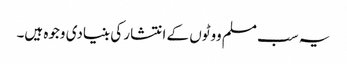
یہ سب مسلم ووٹوں کے انتشار کی بنیادی وجوہ ہیں۔